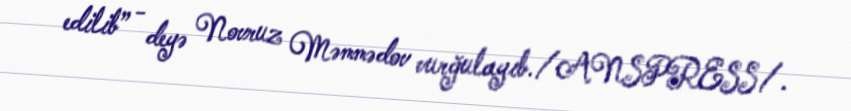
edilib” - deyə Novruz Məmmədov vurğulayıb./ANSPRESS/.